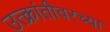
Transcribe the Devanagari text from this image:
उत्क्रांतीवरच्या